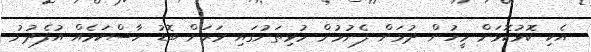
އެކި ކޮޅުކޮޅަށް މީހުން ދުވަން ފެށުމުން މުޅިތަނުގައި ވަރަށް ބޮޑު ހާސްކަމެއް އުފެދުނު